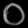
Digit: ၀